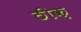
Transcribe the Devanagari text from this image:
ठीक़